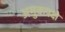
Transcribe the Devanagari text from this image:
अमुकपक्षे